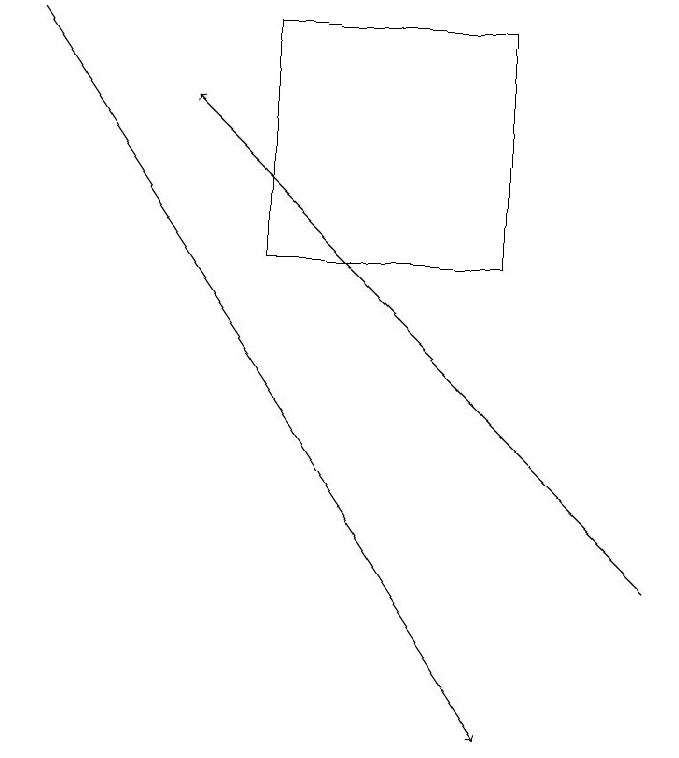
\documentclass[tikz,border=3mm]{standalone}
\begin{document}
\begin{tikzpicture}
\draw (4,19) rectangle (7,16);
\draw[->] (9,12) -- (3,18);
\draw[->] (1,19) -- (7,10);
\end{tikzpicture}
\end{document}